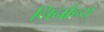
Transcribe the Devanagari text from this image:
निर्नान्य